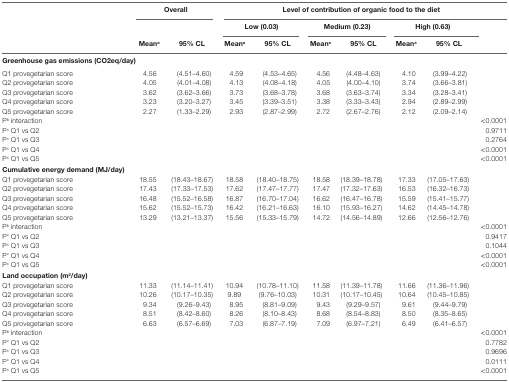
<table><thead><tr><td></td><td colspan="2"><b>Overall</b></td><td colspan="7"><b>Level of contribution of organic food to the diet</b></td></tr><tr><td></td><td colspan="2"></td><td colspan="2"><b>Low (0.03)</b></td><td colspan="2"><b>Medium (0.23)</b></td><td colspan="2"><b>High (0.63)</b></td><td></td></tr><tr><td></td><td><b>Mean<sup>a</sup></b></td><td><b>95% CL</b></td><td><b>Mean<sup>a</sup></b></td><td><b>95% CL</b></td><td><b>Mean<sup>a</sup></b></td><td><b>95% CL</b></td><td><b>Mean<sup>a</sup></b></td><td><b>95% CL</b></td><td></td></tr></thead><tbody><tr><td colspan="10"><b>Greenhouse gas emissions (CO2eq/day)</b></td></tr><tr><td>Q1 provegetarian score</td><td>4.56</td><td>(4.51–4.60)</td><td>4.59</td><td>(4.53–4.65)</td><td>4.56</td><td>(4.48–4.63)</td><td>4.10</td><td>(3.99–4.22)</td><td></td></tr><tr><td>Q2 provegetarian score</td><td>4.05</td><td>(4.01–4.08)</td><td>4.13</td><td>(4.08–4.18)</td><td>4.05</td><td>(4.00–4.10)</td><td>3.74</td><td>(3.66–3.81)</td><td></td></tr><tr><td>Q3 provegetarian score</td><td>3.62</td><td>(3.62–3.66)</td><td>3.73</td><td>(3.68–3.78)</td><td>3.68</td><td>(3.63–3.74)</td><td>3.34</td><td>(3.28–3.41)</td><td></td></tr><tr><td>Q4 provegetarian score</td><td>3.23</td><td>(3.20–3.27)</td><td>3.45</td><td>(3.39–3.51)</td><td>3.38</td><td>(3.33–3.43)</td><td>2.94</td><td>(2.89–2.99)</td><td></td></tr><tr><td>Q5 provegetarian score</td><td>2.27</td><td>(1.33–2.29)</td><td>2.93</td><td>(2.87–2.99)</td><td>2.72</td><td>(2.67–2.76)</td><td>2.12</td><td>(2.09–2.14)</td><td></td></tr><tr><td>P<sup>b</sup> interaction</td><td></td><td></td><td></td><td></td><td></td><td></td><td></td><td></td><td>&lt;0.0001</td></tr><tr><td>P<sup>c</sup> Q1 vs Q2</td><td></td><td></td><td></td><td></td><td></td><td></td><td></td><td></td><td>0.9711</td></tr><tr><td>P<sup>c</sup> Q1 vs Q3</td><td></td><td></td><td></td><td></td><td></td><td></td><td></td><td></td><td>0.2764</td></tr><tr><td>P<sup>c</sup> Q1 vs Q4</td><td></td><td></td><td></td><td></td><td></td><td></td><td></td><td></td><td>&lt;0.0001</td></tr><tr><td>P<sup>c</sup> Q1 vs Q5</td><td></td><td></td><td></td><td></td><td></td><td></td><td></td><td></td><td>&lt;0.0001</td></tr><tr><td><b>Cumulative energy demand (MJ/day)</b></td><td></td></tr><tr><td>Q1 provegetarian score</td><td>18.55</td><td>(18.43–18.67)</td><td>18.58</td><td>(18.40–18.75)</td><td>18.58</td><td>(18.39–18.78)</td><td>17.33</td><td>(17.05–17.63)</td><td></td></tr><tr><td>Q2 provegetarian score</td><td>17.43</td><td>(17.33–17.53)</td><td>17.62</td><td>(17.47–17.77)</td><td>17.47</td><td>(17.32–17.63)</td><td>16.53</td><td>(16.32–16.73)</td><td></td></tr><tr><td>Q3 provegetarian score</td><td>16.48</td><td>(15.52–16.58)</td><td>16.87</td><td>(16.70–17.04)</td><td>16.62</td><td>(16.47–16.78)</td><td>15.59</td><td>(15.41–15.77)</td><td></td></tr><tr><td>Q4 provegetarian score</td><td>15.62</td><td>(15.52–15.73)</td><td>16.42</td><td>(16.21–16.63)</td><td>16.10</td><td>(15.93–16.27)</td><td>14.62</td><td>(14.45–14.78)</td><td></td></tr><tr><td>Q5 provegetarian score</td><td>13.29</td><td>(13.21–13.37)</td><td>15.56</td><td>(15.33–15.79)</td><td>14.72</td><td>(14.56–14.89)</td><td>12.66</td><td>(12.56–12.76)</td><td></td></tr><tr><td>P<sup>b</sup> interaction</td><td></td><td></td><td></td><td></td><td></td><td></td><td></td><td></td><td>&lt;0.0001</td></tr><tr><td>P<sup>c</sup> Q1 vs Q2</td><td></td><td></td><td></td><td></td><td></td><td></td><td></td><td></td><td>0.9417</td></tr><tr><td>P<sup>c</sup> Q1 vs Q3</td><td></td><td></td><td></td><td></td><td></td><td></td><td></td><td></td><td>0.1044</td></tr><tr><td>P<sup>c</sup> Q1 vs Q4</td><td></td><td></td><td></td><td></td><td></td><td></td><td></td><td></td><td>&lt;0.0001</td></tr><tr><td>P<sup>c</sup> Q1 vs Q5</td><td></td><td></td><td></td><td></td><td></td><td></td><td></td><td></td><td>&lt;0.0001</td></tr><tr><td><b>Land occupation (m<sup>2</sup>/day)</b></td><td></td></tr><tr><td>Q1 provegetarian score</td><td>11.33</td><td>(11.14–11.41)</td><td>10.94</td><td>(10.78–11.10)</td><td>11.58</td><td>(11.39–11.78)</td><td>11.66</td><td>(11.36–11.96)</td><td></td></tr><tr><td>Q2 provegetarian score</td><td>10.26</td><td>(10.17–10.35)</td><td>9.89</td><td>(9.76–10.03)</td><td>10.31</td><td>(10.17–10.45)</td><td>10.64</td><td>(10.45–10.85)</td><td></td></tr><tr><td>Q3 provegetarian score</td><td>9.34</td><td>(9.26–9.43)</td><td>8.95</td><td>(8.81–9.09)</td><td>9.43</td><td>(9.29–9.57)</td><td>9.61</td><td>(9.44–9.79)</td><td></td></tr><tr><td>Q4 provegetarian score</td><td>8.51</td><td>(8.42–8.60)</td><td>8.26</td><td>(8.10–8.43)</td><td>8.68</td><td>(8.54–8.83)</td><td>8.50</td><td>(8.35–8.65)</td><td></td></tr><tr><td>Q5 provegetarian score</td><td>6.63</td><td>(6.57–6.69)</td><td>7.03</td><td>(6.87–7.19)</td><td>7.09</td><td>(6.97–7.21)</td><td>6.49</td><td>(6.41–6.57)</td><td></td></tr><tr><td>P<sup>b</sup> interaction</td><td></td><td></td><td></td><td></td><td></td><td></td><td></td><td></td><td>&lt;0.0001</td></tr><tr><td>P<sup>c</sup> Q1 vs Q2</td><td></td><td></td><td></td><td></td><td></td><td></td><td></td><td></td><td>0.7782</td></tr><tr><td>P<sup>c</sup> Q1 vs Q3</td><td></td><td></td><td></td><td></td><td></td><td></td><td></td><td></td><td>0.9696</td></tr><tr><td>P<sup>c</sup> Q1 vs Q4</td><td></td><td></td><td></td><td></td><td></td><td></td><td></td><td></td><td>0.0111</td></tr><tr><td>P<sup>c</sup> Q1 vs Q5</td><td></td><td></td><td></td><td></td><td></td><td></td><td></td><td></td><td>&lt;0.0001</td></tr></tbody></table>